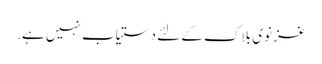
غزنوی بلاک کے لئے دستیاب نہیں ہے.